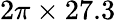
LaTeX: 2\pi\times 27.3